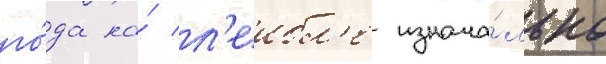
го́да на́ л'еибл'е изнача́льно